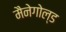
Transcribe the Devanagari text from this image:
मैनेगोल्ड